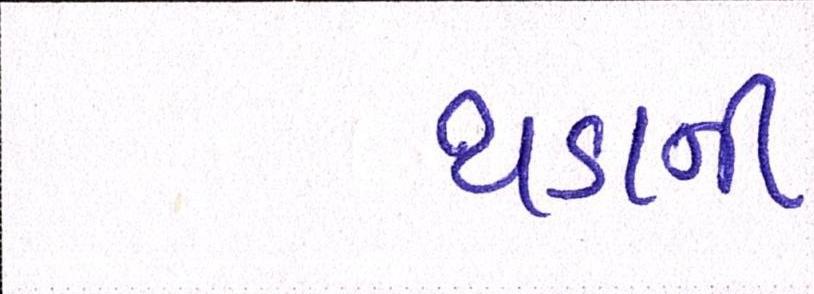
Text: થડાની